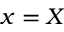
x = X